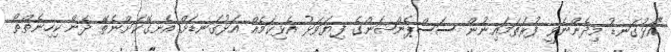
"އަޅުގަނޑު މިދެންނެވީ ފުރަތަމައިނުން ސަސްޕެންޝަންގެ ފިޔަވަޅު އެޅިކަމެއް އަޅުގަނޑަށް އެނގޭކަށްނެތޭ ދެން ކިހިނެތްތޯ